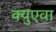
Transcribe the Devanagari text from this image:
क्युएवा